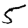
Digit: 5